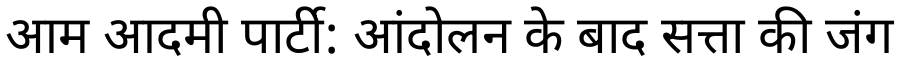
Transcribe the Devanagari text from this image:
आम आदमी पार्टी: आंदोलन के बाद सत्ता की जंग